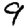
Digit: 9